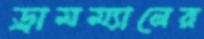
ড্রামম্যানের